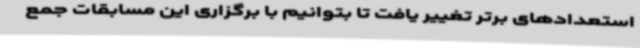
استعدادهای برتر تغییر یافت تا بتوانیم با برگزاری این مسابقات جمع